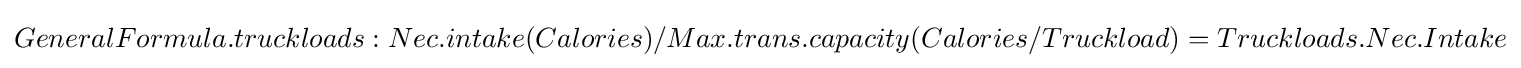
GeneralFormula.truckloads:Nec.intake(Calories)/Max.trans.capacity(Calories/Truckload)=Truckloads.Nec.Intake